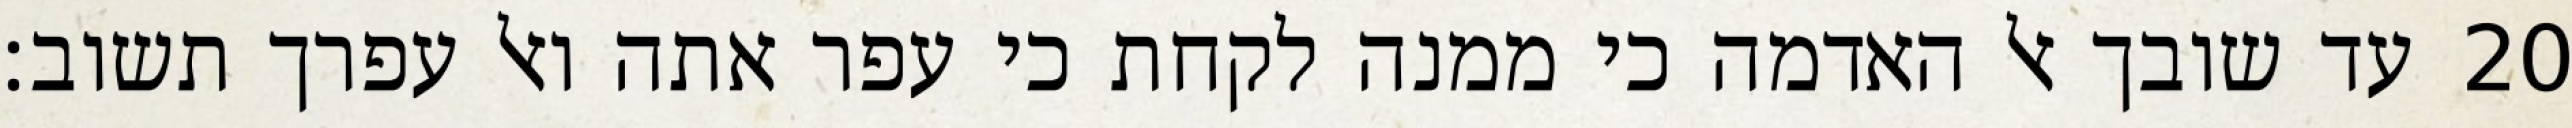
עד שובך אל האדמה כי ממנה לקחת כי עפר אתה ואל עפרך תשוב׃ ‎20‏